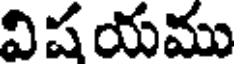
విషయము